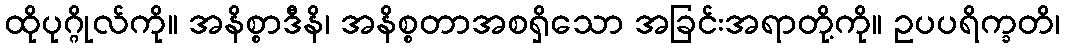
ထိုပုဂ္ဂိုလ်ကို။ အနိစ္စာဒီနိ၊ အနိစ္စတာအစရှိသော အခြင်းအရာတို့ကို။ ဥပပရိက္ခတိ၊